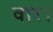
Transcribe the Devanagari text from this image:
वार।